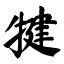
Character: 犍